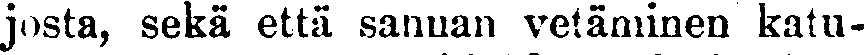
josta, sekä että sanuan vetäminen katu-